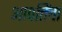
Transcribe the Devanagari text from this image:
आपत्तिंचा